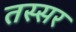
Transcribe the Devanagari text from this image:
तस्सर